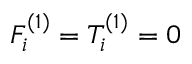
F _ { i } ^ { ( 1 ) } = T _ { i } ^ { ( 1 ) } = 0